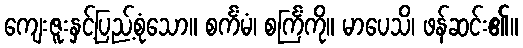
ကျေးဇူးနှင့်ပြည့်စုံသော။ စင်္ကံမံ၊ စင်္ကြံကို။ မာပေသိ၊ ဖန်ဆင်း၏။